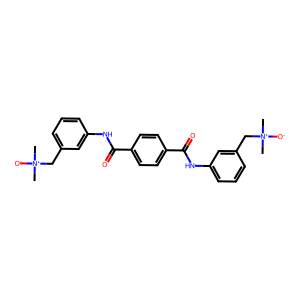
SMILES: C[N+](C)([O-])Cc1cccc(NC(=O)c2ccc(C(=O)Nc3cccc(C[N+](C)(C)[O-])c3)cc2)c1
Inhibits HIV replication: No